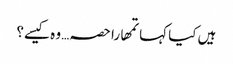
ہیں کیا کہا تمھارا حصہ… وہ کیسے؟